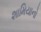
શામિયાનો